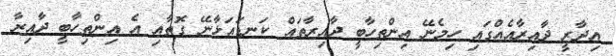
އިދާރީ ދާއިރާއެއްގައި ހިމެނޭ އިންތިހާބީ ދާއިރާތައް ކަނޑައަޅާނޭ ގޮތާއި އެ އިންތިހާބީ ދާއިރާ